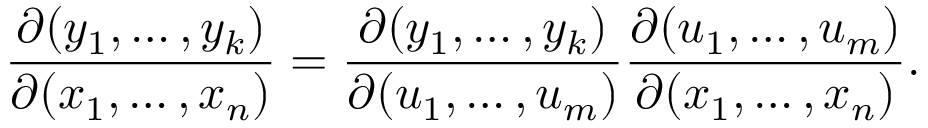
{ \frac { \partial ( y _ { 1 } , \ldots , y _ { k } ) } { \partial ( x _ { 1 } , \ldots , x _ { n } ) } } = { \frac { \partial ( y _ { 1 } , \ldots , y _ { k } ) } { \partial ( u _ { 1 } , \ldots , u _ { m } ) } } { \frac { \partial ( u _ { 1 } , \ldots , u _ { m } ) } { \partial ( x _ { 1 } , \ldots , x _ { n } ) } } .